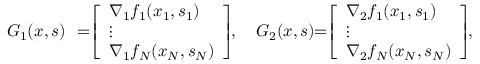
\begin{array} { r l } { G _ { 1 } ( x , s ) } & { \! \! = \! \! \left[ \begin{array} { l } { \nabla _ { 1 } f _ { 1 } ( x _ { 1 } , s _ { 1 } ) } \\ { \vdots } \\ { \nabla _ { 1 } f _ { N } ( x _ { N } , s _ { N } ) } \end{array} \right] \! \! , \quad G _ { 2 } ( x , s ) \! \! = \! \! \left[ \begin{array} { l } { \nabla _ { 2 } f _ { 1 } ( x _ { 1 } , s _ { 1 } ) } \\ { \vdots } \\ { \nabla _ { 2 } f _ { N } ( x _ { N } , s _ { N } ) } \end{array} \right] \! \! , } \end{array}